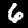
Label: 6